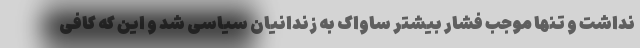
نداشت و تنها موجب فشار بیشتر ساواک به زندانیان سیاسی شد و این که کافی